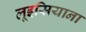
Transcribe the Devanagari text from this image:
लूइसियाना